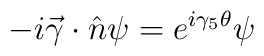
-i  \vec{\gamma} \cdot \hat n\psi = e^{i\gamma_{5}\theta}\psi